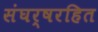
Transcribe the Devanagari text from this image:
संघर्षरहित